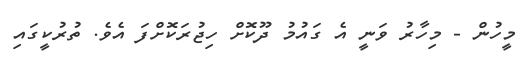
މީހުން - މިހާރު ވަނީ އެ ގައުމު ދޫކޮށް ހިޖުރަކޮށްފަ އެވެ. ތުރުކީގައި